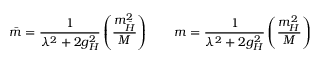
\bar { m } = { \frac { 1 } { \lambda ^ { 2 } + 2 g _ { H } ^ { 2 } } } \left( \frac { m _ { \bar { H } } ^ { 2 } } { M } \right) \qquad m = { \frac { 1 } { \lambda ^ { 2 } + 2 g _ { H } ^ { 2 } } } \left( \frac { m _ { H } ^ { 2 } } { M } \right)